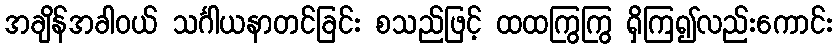
အချိန်အခါဝယ် သင်္ဂါယနာတင်ခြင်း စသည်ဖြင့် ထထကြွကြွ ရှိကြ၍လည်းကောင်း